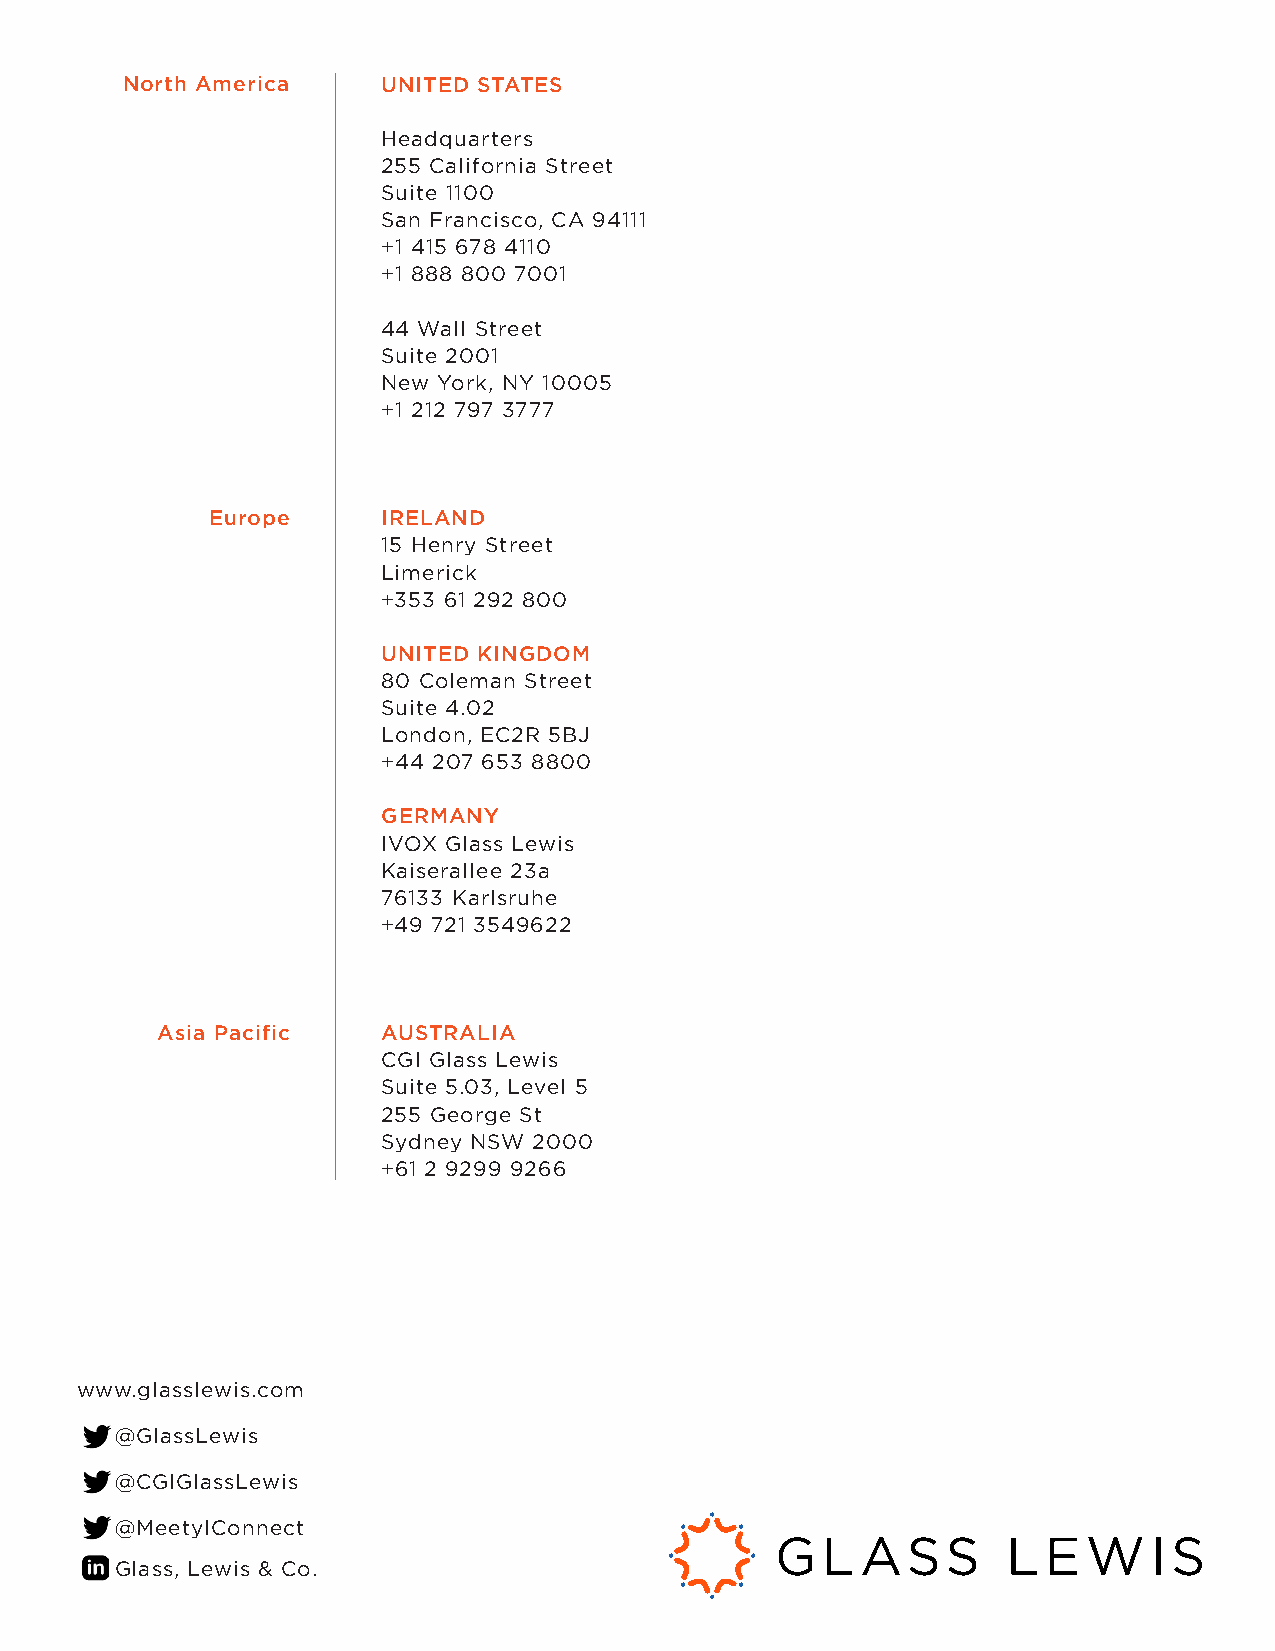
North America    UNITED STATES
 Headquarters
 255 California Street
 Suite 1100
 San Francisco, CA 94111
 +1 415 678 4110
 +1 888 800 7001
 44 Wall Street
 Suite 2001
 New York, NY 10005
 +1 212 797 3777
 Europe     IRELAND
 15 Henry Street
 Limerick
 +353 61 292 800
 UNITED KINGDOM
 80 Coleman Street
 Suite 4.02
 London, EC2R 5BJ
 +44 207 653 8800
 GERMANY
 IVOX Glass Lewis
 Kaiserallee 23a
 76133 Karlsruhe
 +49 721 3549622
 Asia Pacific   AUSTRALIA
 CGI Glass Lewis
 Suite 5.03, Level 5
 255 George St
 Sydney NSW 2000
 +61 2 9299 9266
 www.glasslewis.com
 @GlassLewis
 @CGIGlassLewis
 @MeetylConnect
 Glass, Lewis & Co.